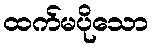
ထက်မပိုသော